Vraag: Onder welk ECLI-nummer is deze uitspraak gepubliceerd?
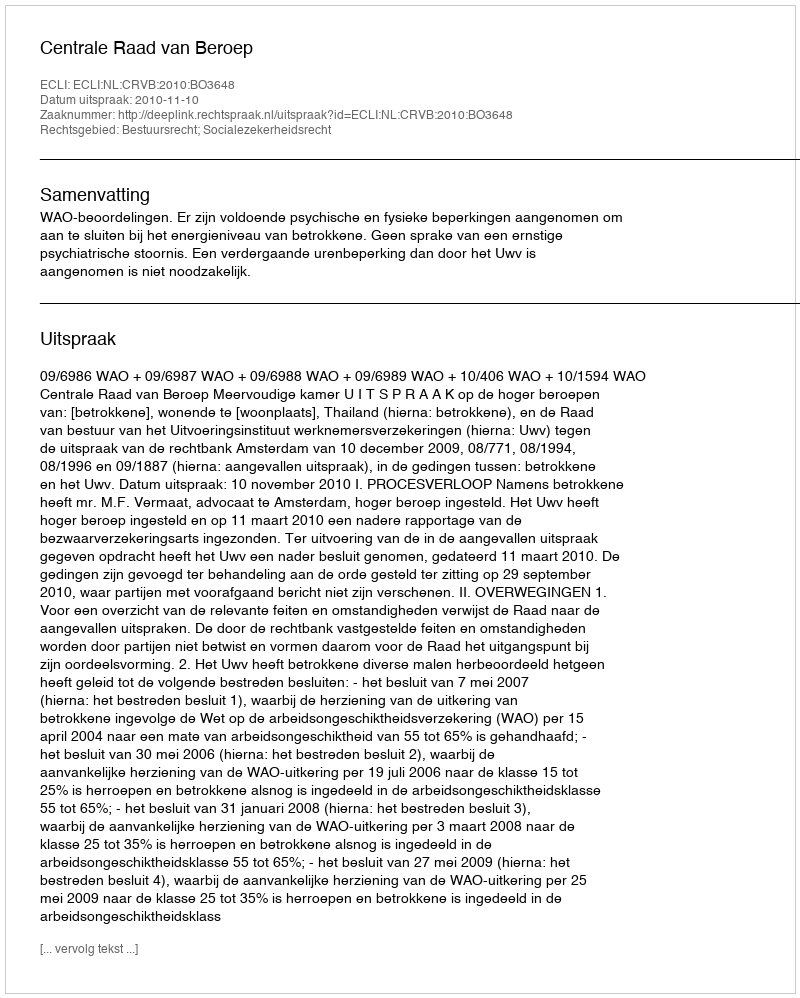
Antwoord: ECLI:NL:CRVB:2010:BO3648